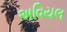
અવિયલ